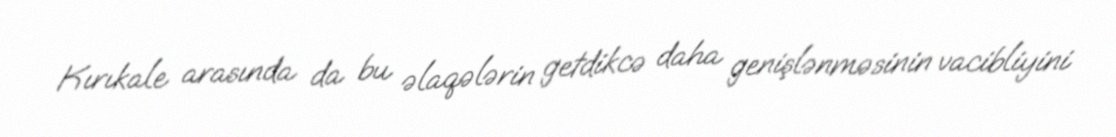
Kırıkale arasında da bu əlaqələrin getdikcə daha genişlənməsinin vacibliyini